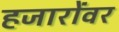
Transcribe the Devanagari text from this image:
हजारोंवर